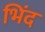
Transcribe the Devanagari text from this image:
भिंद